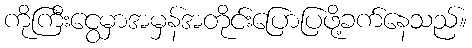
ကိုကြီးငွေမှာအမှန်အတိုင်းပြောပြဖို့ခက်နေသည်။